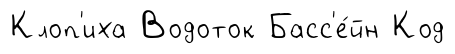
Клоп'иха Водоток Басс'е́йн Код